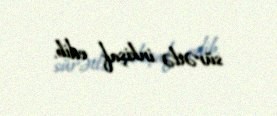
sürətlə inkişaf edib.